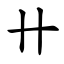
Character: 卄